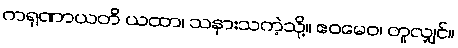
ကရုဏာယတိ ယထာ၊ သနားသကဲ့သို့။ ဧဝမေဝ၊ တူလျှင်။